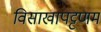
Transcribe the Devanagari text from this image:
विसाखापट्टणम